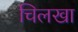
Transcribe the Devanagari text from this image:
चिलखा